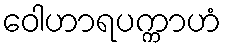
ဝေါဟာရပက္ကာဟံ